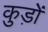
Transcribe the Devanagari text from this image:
कुड़ों